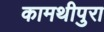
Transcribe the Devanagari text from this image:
कामथीपुरा